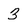
Character: 3